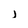
Character: l